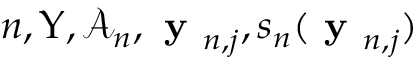
n , \boldsymbol { \Upsilon } , \mathcal { A } _ { n } , \textbf { y } _ { n , j } , s _ { n } ( \textbf { y } _ { n , j } )